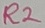
Text: R2